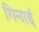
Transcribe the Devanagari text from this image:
गिनाईं